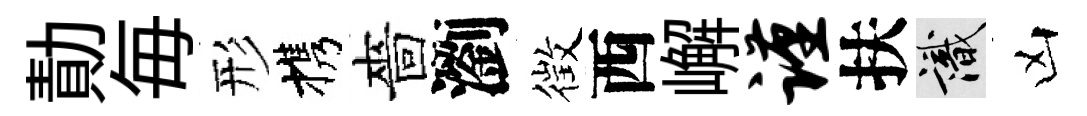
勣毎形携嗇瀏徴西嶰谨扶識凶